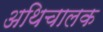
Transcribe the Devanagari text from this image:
अथिचालक